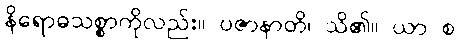
နိရောဓသစ္စာကိုလည်း။ ပဇာနာတိ၊ သိ၏။ ယာ စ